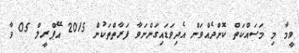
ވީމާ މި މަސައްކަތް ކޮށްދެއްވަން އެދިވަޑައިގަންނަވާ ފަރާތްތަކުން 2015 އޭޕްރީލް 05 ވާ